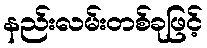
နည်းလမ်းတစ်ခုဖြင့်